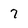
Character: 7